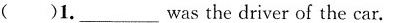
( )1.__wasthe driver of the car.